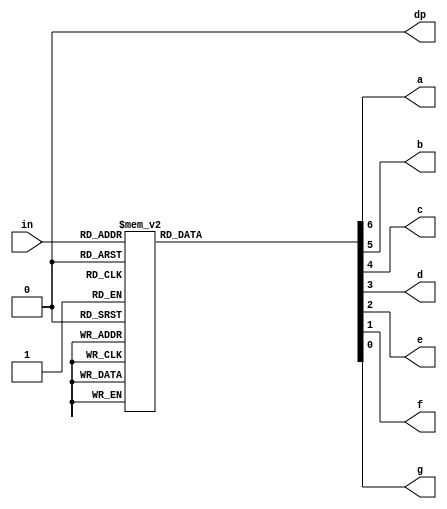
`timescale 1ns / 1ps

module decoder(
	input [3:0] in,
	output a,
	output b,
	output c,
	output d,
	output e,
	output f,
	output g,
	output dp
	);
	 
	reg [7:0] tmp;

	always @(*)
	begin
		case(in)
			4'b0000 : tmp = 7'b111_1110;
			4'b0001 : tmp = 7'b011_0000;
			4'b0010 : tmp = 7'b110_1101;
			4'b0011 : tmp = 7'b111_1001;
			4'b0100 : tmp = 7'b011_0011;
			4'b0101 : tmp = 7'b101_1011;
			4'b0110 : tmp = 7'b101_1111;
			4'b0111 : tmp = 7'b111_0000;
			4'b1000 : tmp = 7'b111_1111;
			4'b1001 : tmp = 7'b111_1011;
			4'b1010 : tmp = 7'b111_0111;
			4'b1011 : tmp = 7'b001_1111;
			4'b1100 : tmp = 7'b100_1110;
			4'b1101 : tmp = 7'b011_1101;
			4'b1110 : tmp = 7'b100_1111;
			4'b1111 : tmp = 7'b100_0111;
			default : tmp = 7'b000_0000;
		endcase
	end
	
	assign {a, b, c, d, e, f, g} = tmp;
	assign dp = 0;

endmodule